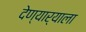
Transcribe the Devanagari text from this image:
देण्यार्‍याला